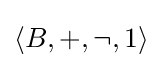
\langle B,+,\lnot ,1\rangle